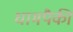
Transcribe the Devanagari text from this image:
धामपैकी